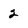
Character: 2